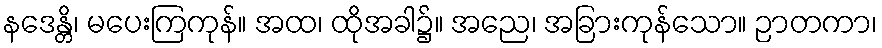
နဒေန္တိ၊ မပေးကြကုန်။ အထ၊ ထိုအခါ၌။ အညေ၊ အခြားကုန်သော။ ဉာတကာ၊